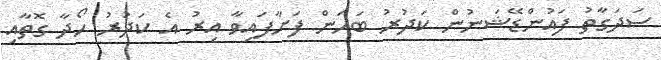
ސަދަގާތު ފައުންޑޭޝަނުން ކަދުރު ބަހަން ފަށާފައިވާ އިރު އެ ކަދުރު ހޯދާ ގޮތާއި